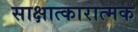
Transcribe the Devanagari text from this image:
साक्षात्कारात्मक